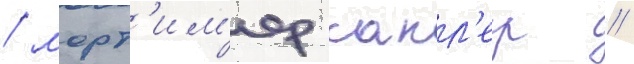
/ морт'им'ер сакл'ер /